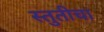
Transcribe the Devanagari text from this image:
स्तुतीचा